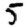
Digit: 5